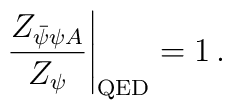
\left. \frac{Z_{\bar{\psi}\psi A}}{Z_\psi} \right|_{\rm QED}  = 1\, .